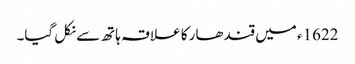
1622ء میں قندھار کا علاقہ ہاتھ سے نکل گیا۔